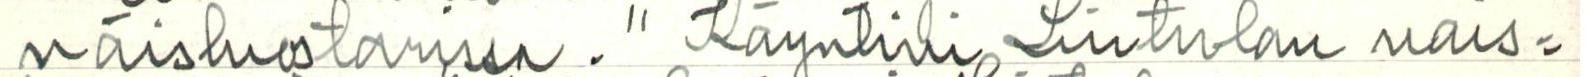
naisluostarissa. " Käyntini Lintulan nais=